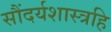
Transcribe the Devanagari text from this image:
सौंदर्यशास्त्रहि